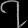
Digit: ၇